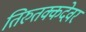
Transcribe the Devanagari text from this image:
तिरुतक्कदेवर